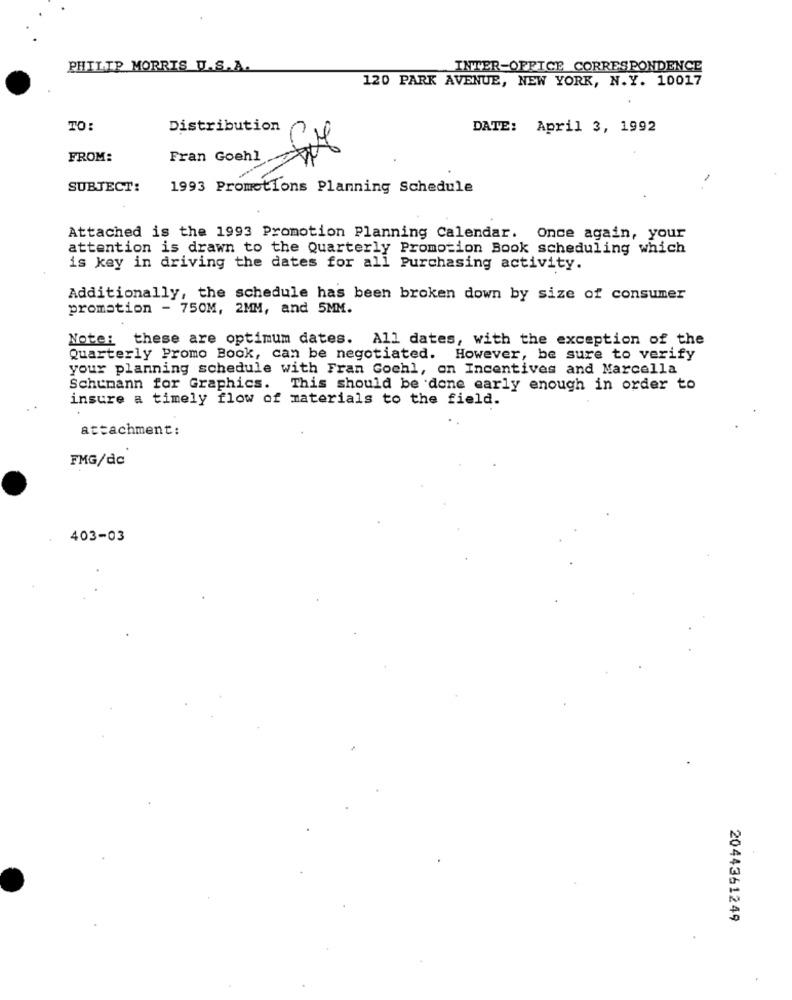
PHILIP MORRIS U.S.A.
INTER-OFFICE CORRESPONDENCE
120 PARK AVENUE, NEW YORK, N.Y. 10017
TO:
Distribution
DATE: April 3, 1992
FROM:
Fran Goehl
SUBJECT:
1993 Promotions Planning Schedule
Attached is the 1993 Promotion Planning Calendar. Once again, your
attention is drawn to the Quarterly Promotion Book scheduling which
is key in driving the dates for all Purchasing activity.
Additionally, the schedule has been broken down by size of consumer
promotion - 750M, 2MM, and 5MM.
Note: these are optimum dates. All dates, with the exception of the
Quarterly Promo Book, can be negotiated. However, be sure to verify
your planning schedule with Fran Gochl, on Incentives and Marcella
Schumann for Graphics. This should be done early enough in order to
insure a timely flow of materials to the field.
attachment:
FMG/dc
403-03
2044361249